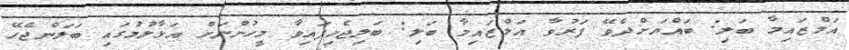
އަލްޒައިމާ ބަލި: ބައްޔަށްދެވޭ ފަރުވާ އަލްޒައިމާ ބަލި: ބަލިޖެހިފައިވާ މީހުންނަށް އަޅާލުމުގައި ބަލަންޖެހޭ